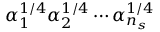
\alpha _ { 1 } ^ { 1 / 4 } \alpha _ { 2 } ^ { 1 / 4 } \cdots \alpha _ { n _ { s } } ^ { 1 / 4 }